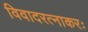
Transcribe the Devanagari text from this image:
विवादरत्नाकरः